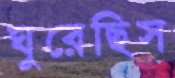
ঘুরেছিস